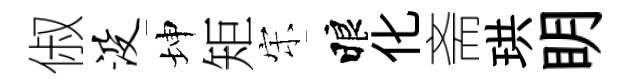
俶没坤矩宋睱化斋珙眀